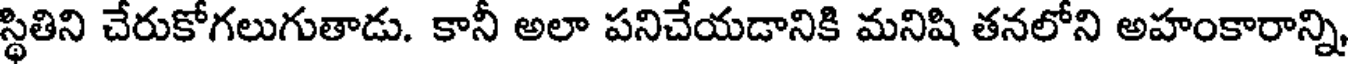
స్థితిని చేరుకోగలుగుతాడు. కానీ అలా పనిచేయడానికి మనిషి తనలోని అహంకారాన్ని